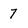
Character: 7